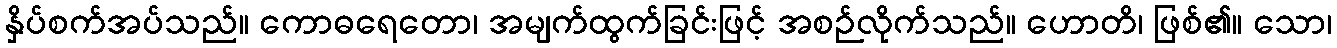
နှိပ်စက်အပ်သည်။ ကောဓရေတော၊ အမျက်ထွက်ခြင်းဖြင့် အစဉ်လိုက်သည်။ ဟောတိ၊ ဖြစ်၏။ သော၊